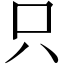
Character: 只